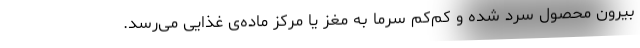
بیرون محصول سرد شده و کم‌کم سرما به مغز یا مرکز ماده‌ی غذایی می‌رسد.